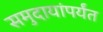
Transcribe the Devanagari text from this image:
समुदायांपर्यंत